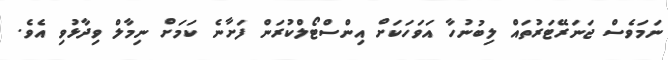
ނަމަވެސް ޖަނަރޭޓަރުތައް ލިބުނުހާ އަވަހަކަށް އިންސްޓޯލްކުރަން ފަށާނެ ކަމަށް ނިމާލް ވިދާޅުވި އެވެ.